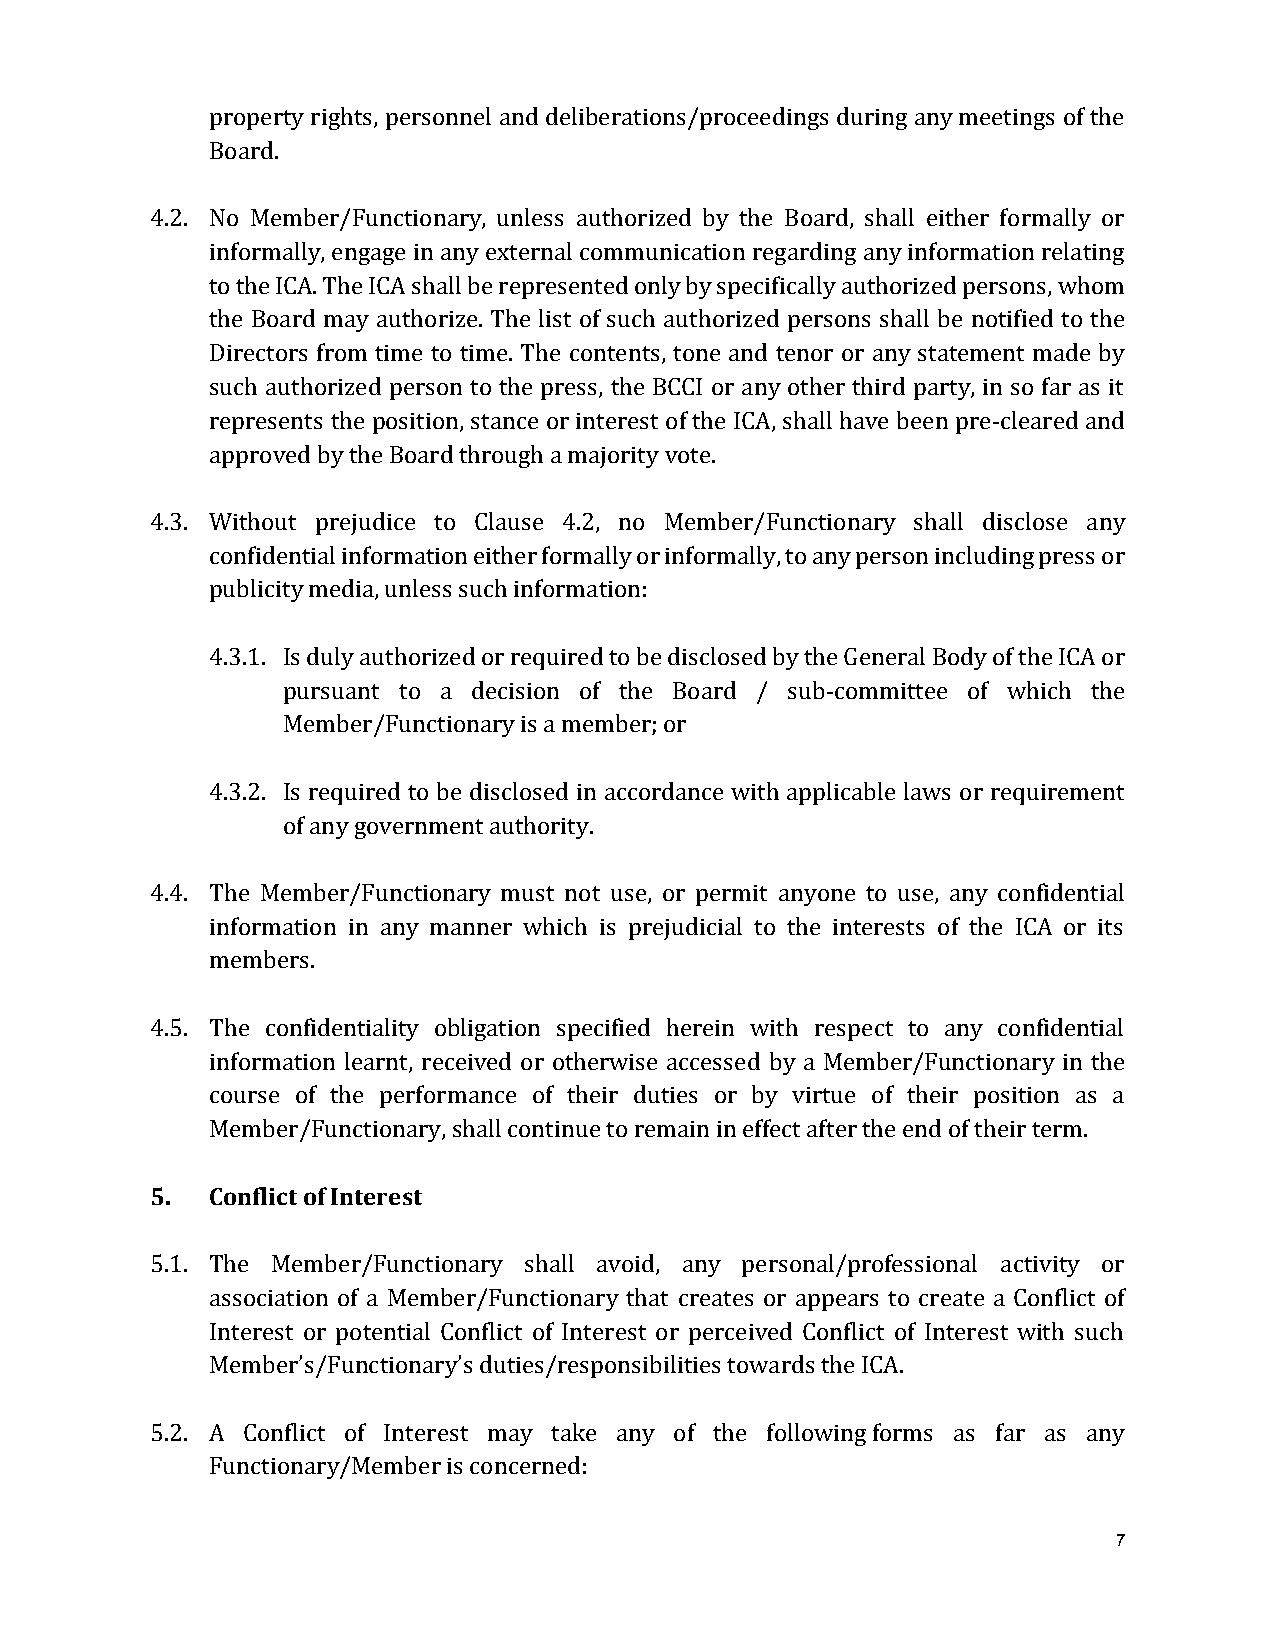
property rights, personnel and deliberations/proceedings during any meetings of the
 Board.
 4.2. No Member/Functionary, unless authorized by the Board, shall either formally or
 informally, engage in any external communication regarding any information relating
 to the ICA. The ICA shall be represented only by specifically authorized persons, whom
 the Board may authorize. The list of such authorized persons shall be notified to the
 Directors from time to time. The contents, tone and tenor or any statement made by
 such authorized person to the press, the BCCI or any other third party, in so far as it
 represents the position, stance or interest of the ICA, shall have been pre-cleared and
 approved by the Board through a majority vote.
 4.3. Without prejudice to Clause 4.2, no Member/Functionary shall disclose any
 confidential information either formally or informally, to any person including press or
 publicity media, unless such information:
 4.3.1. Is duly authorized or required to be disclosed by the General Body of the ICA or
 pursuant to a decision of the Board / sub-committee of which the
 Member/Functionary is a member; or
 4.3.2. Is required to be disclosed in accordance with applicable laws or requirement
 of any government authority.
 4.4. The Member/Functionary must not use, or permit anyone to use, any confidential
 information in any manner which is prejudicial to the interests of the ICA or its
 members.
 4.5. The confidentiality obligation specified herein with respect to any confidential
 information learnt, received or otherwise accessed by a Member/Functionary in the
 course of the performance of their duties or by virtue of their position as a
 Member/Functionary, shall continue to remain in effect after the end of their term.
 5.  Conflict of Interest
 5.1. The Member/Functionary shall avoid, any personal/professional activity or
 association of a Member/Functionary that creates or appears to create a Conflict of
 Interest or potential Conflict of Interest or perceived Conflict of Interest with such
 Member’s/Functionary’s duties/responsibilities towards the ICA.
 5.2. A Conflict of Interest may take any of the following forms as far as any
 Functionary/Member is concerned:
 7